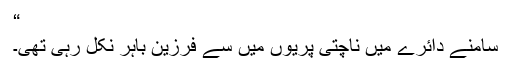
“
سامنے دائرے میں ناچتی پریوں میں سے فرزین باہر نکل رہی تھی۔